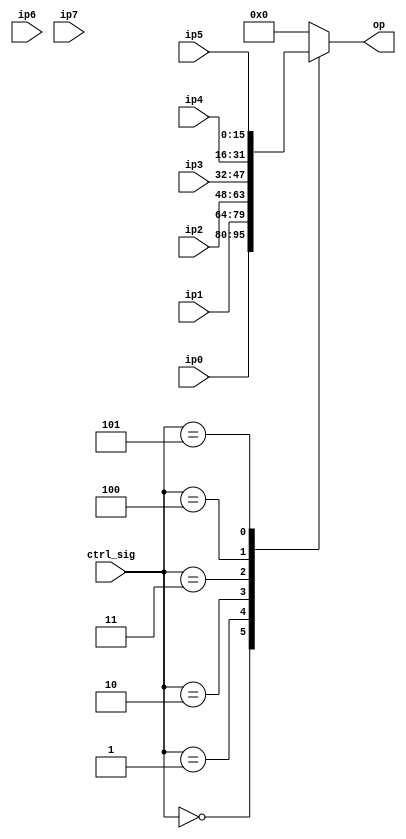
module mux8to1_16b(ip0,ip1,ip2,ip3,ip4,ip5,ip6,ip7,ctrl_sig,op);
input wire [15:0] ip0,ip1,ip2,ip3,ip4,ip5,ip6,ip7;
input wire [2:0]ctrl_sig;
output reg [15:0]op;

always @ (*) 
begin
	case (ctrl_sig)
			3'b000:
			begin
				op=ip0;
			end
	
		3'b001:
			begin
				op=ip1;
			end
		3'b010:
			begin
				op=ip2;
			end
		3'b011:
			begin
				op=ip3;
			end
			3'b100:
			begin
				op=ip4;
			end
			3'b101:
			begin
				op=ip5;
			end
			default:
			begin
				op=3'b000;
			end
endcase
end
endmodule